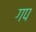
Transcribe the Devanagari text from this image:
गप